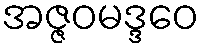
အဇ္ဇဝမဒ္ဒဝေ